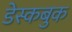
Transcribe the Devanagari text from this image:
डेस्कबुक